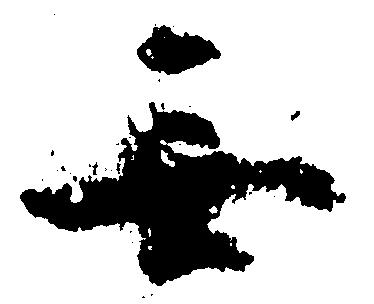
無